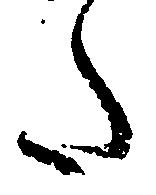
た